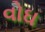
વોઘ